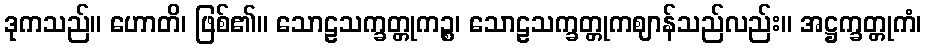
ဒုကသည်။ ဟောတိ၊ ဖြစ်၏။ သောဠသက္ခတ္တုကဉ္စ၊ သောဠသက္ခတ္တုကဈာန်သည်လည်း။ အဋ္ဌက္ခတ္တုကံ၊